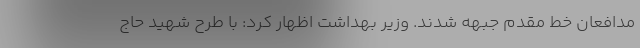
مدافعان خط مقدم جبهه شدند. وزیر بهداشت اظهار کرد: با طرح شهید حاج